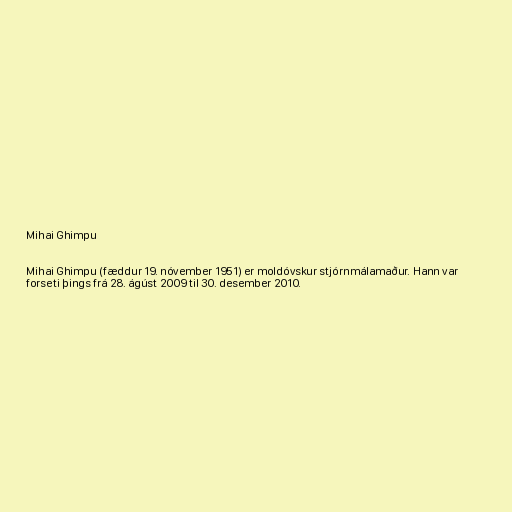
Mihai Ghimpu

Mihai Ghimpu (fæddur 19. nóvember 1951) er moldóvskur stjórnmálamaður. Hann var
forseti þings frá 28. ágúst 2009 til 30. desember 2010.